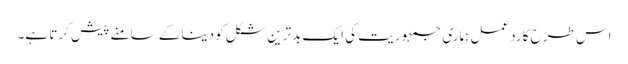
اس طرح کا ردعمل ہماری جمہوریت کی ایک بدترین شکل کو دینا کے سامنے پیش کرتا ہے۔